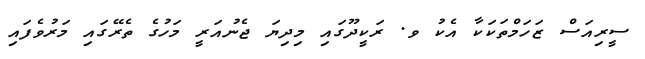
ސީރިއަސް ޒަހަމްތަކަކާ އެކު ވ. ރަކީދޫގައި މިދިޔަ ޖެނުއަރީ މަހުގެ ތެރޭގައި މަރުވެފައި